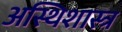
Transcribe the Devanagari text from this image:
अस्थिशास्त्र